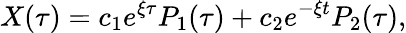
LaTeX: X(\tau)=c_{1}e^{\xi\tau}P_{1}(\tau)+c_{2}e^{-\xi t}P_{2}(\tau),